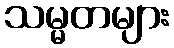
သမ္မတများ